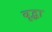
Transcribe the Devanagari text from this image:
वृृद्धा